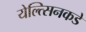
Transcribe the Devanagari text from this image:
येल्त्सिनकडे